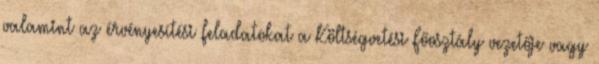
valamint az érvényesítési feladatokat a Költségvetési Főosztály vezetője vagy